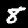
Digit: 8